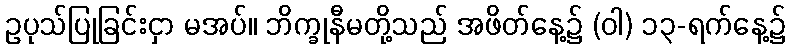
ဥပုသ်ပြုခြင်းငှာ မအပ်။ ဘိက္ခုနီမတို့သည် အဖိတ်နေ့၌ (ဝါ) ၁၃-ရက်နေ့၌